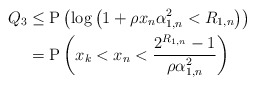
\begin{align*}Q_3 &\leq \mathrm{P}\left( \log\left(1+\rho x_n\alpha_{1,n}^2<R_{1,n}\right)\right)\\ &= \mathrm{P}\left( x_k< x_n<\frac{2^{R_{1,n}}-1}{\rho \alpha_{1,n}^2} \right)\end{align*}